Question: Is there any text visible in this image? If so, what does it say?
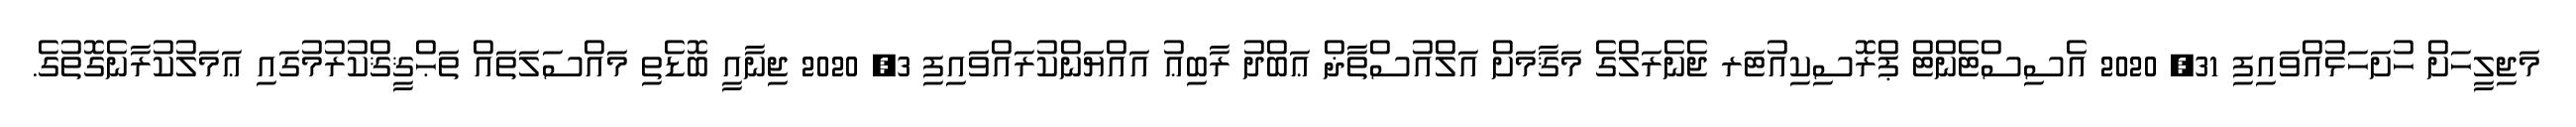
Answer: މަޖިލީހަށް ހުށަހަޅުއްވައިފި 31, 2020 އެސިސްޓެންޓް ޕްރޮސިކިއުޓަރ ޖެނެރަލްގެ މަޤާމަށް އަލްއުސްތާޛް ޢަބްދު ރާބިޢު އައްޔަންކުރައްވައިފި 3, 2020 ޖިނާއީ ބޮޑެތި މައްސަލަތައް ތަޙްޤީޤްކުރުމުގައި ޢަމަލުކުރާނެގޮތުގެ.